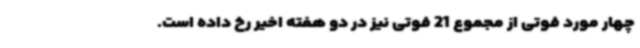
چهار مورد فوتی از مجموع 21 فوتی نیز در دو هفته اخیر رخ داده است.